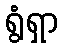
ရွံရှာ